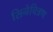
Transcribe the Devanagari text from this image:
सिनेचित्रण